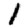
Digit: 1